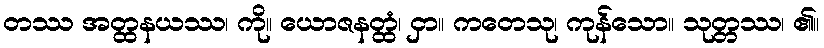
တဿ အတ္ထနယဿ၊ ကို။ ယောဇနတ္ထံ၊ ငှာ။ ကတေသု၊ ကုန်သော။ သုတ္တဿ၊ ၏။